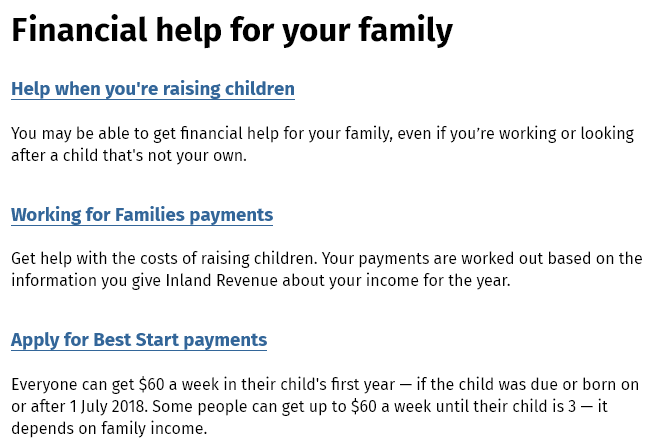
Financial    help    for   your    family
  Help when you're raising children
  You may be able to get financial help for your family, even if you’re working or looking
  after a child that’s not your own.
  Get help with the costs of raising children. Your payments are worked out based on the
  information you give Inland Revenue about your income for the year.
  Apply for Best Start payments
  Everyone can get $60 a week in their child's first year
     —
     if the child was due or born on
  or after 1 July 2018. Some people can get up to $60 a week until their child is 3
     — it
  depends on family income.